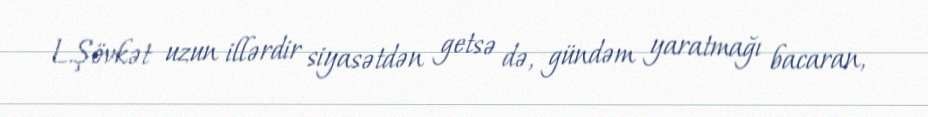
L.Şövkət uzun illərdir siyasətdən getsə də, gündəm yaratmağı bacaran,